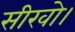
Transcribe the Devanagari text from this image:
सीखो।